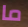
ما